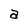
Character: a